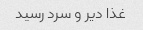
غذا دیر و سرد رسید